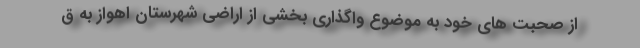
از صحبت های خود به موضوع واگذاری بخشی از اراضی شهرستان اهواز به ق